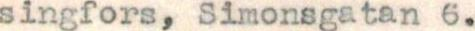
singfors, Simonsgatan 6.